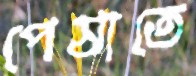
পেষাতে